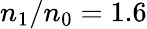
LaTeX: n_{\mathrm{1}}/n_{\mathrm{0}}=1.6